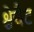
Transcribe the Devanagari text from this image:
श्चेचैट